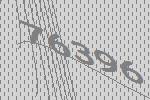
76396